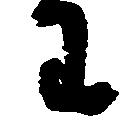
わ